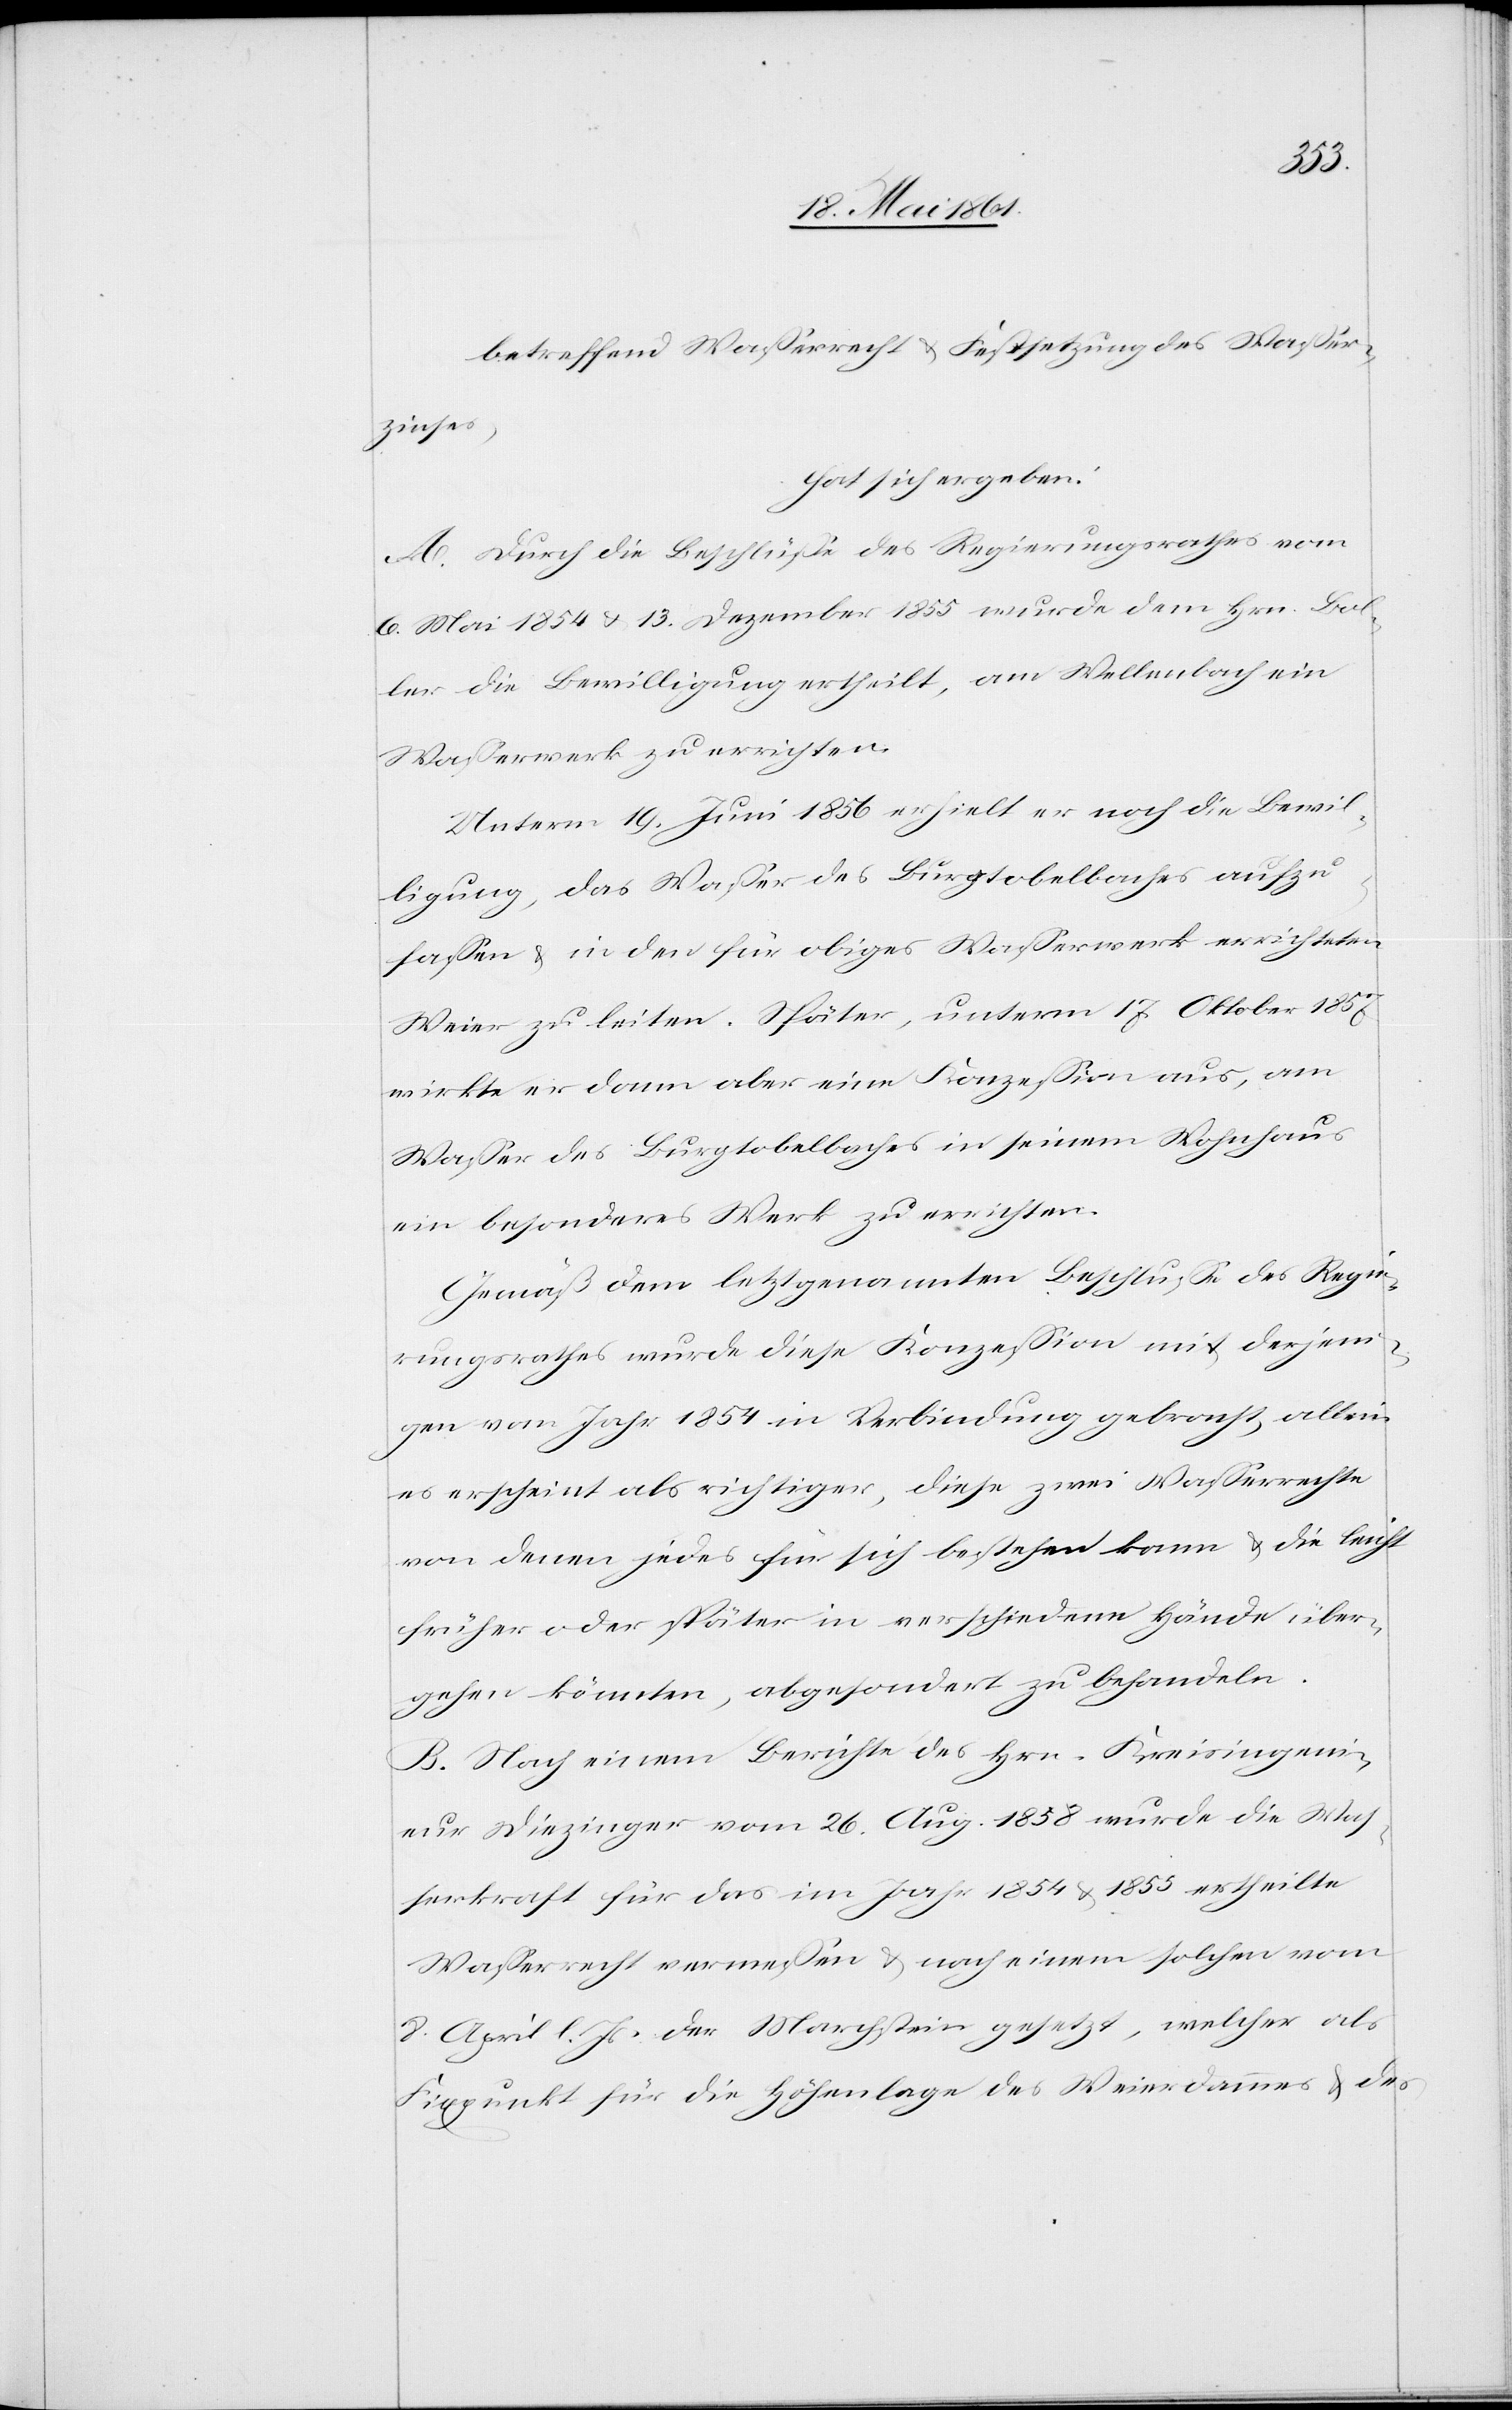
betreffend Wasserrecht u. Festsetzung des Wasser¬
zinses,
hat sich ergeben:
A. Durch die Beschlüsse des Regierungsrathes vom
6. Mai 1854 u. 13. Dezember 1855 wurde dem Hrn. Bol¬
ler die Bewilligung ertheilt, am Wellenbach ein
Wasserwerk zu errichten.
Unterm 19. Juni 1859 erhielt er noch die Bewil¬
ligung, das Wasser des Burgtobelbaches aufzu¬
fassen u. in den für obiges Wasserwerk errichteten
Weier zu leiten. Später, unterm 17. Oktober 1857
wirkte er dann aber eine Konzession aus, am
Wasser des Burgtobelbaches in seinem Wohnhaus
ein besonderes Werk zu errichten.
Gemäß dem letztgenannten Beschlusse des Regie¬
rungsrathes wurde diese Konzession mit derjeni¬
gen vom Jahr 1854 in Verbindung gebracht, allein
es erscheint als richtiger, diese zwei Wasserrechte
von denen jedes für sich bestehen kann u. die leicht
früher oder später in verschiedene Hände über¬
gehen könnten, abgesondert zu behandeln.
B. Nach einem Berichte des Hrn. Kreisingeni¬
eur Diezinger vom 26. Aug. 1859 wurde die Was¬
serkraft für das im Jahr 1854 u. 1855 ertheilte
Wasserrecht vermessen u. nach einem solchen vom
8. April l. Js. der Marchstein gesetzt, welcher als
Fixpunkt für die Höhenlage des Weierdammes u. des